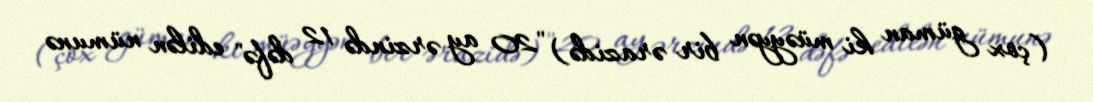
(çox güman ki müəyyən bir ərazidə) "20 ay ərzində 12 dəfə" edilən nümunə